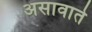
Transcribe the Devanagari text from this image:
असावाते